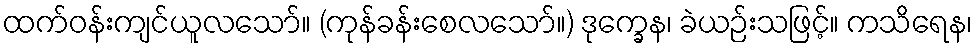
ထက်ဝန်းကျင်ယူလသော်။ (ကုန်ခန်းစေလသော်။) ဒုက္ခေန၊ ခဲယဉ်းသဖြင့်။ ကသိရေန၊